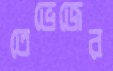
তেভেজের